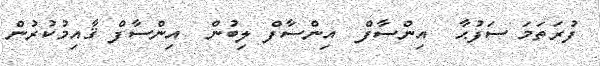
ފުރަތަމަ ސަފުޙާ  އިންސާފް  އިންސާފް ލިބުން  އިންސާފް ޤާއިމުކުރުން